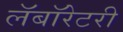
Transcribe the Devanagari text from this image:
लॅबॉरेटरी